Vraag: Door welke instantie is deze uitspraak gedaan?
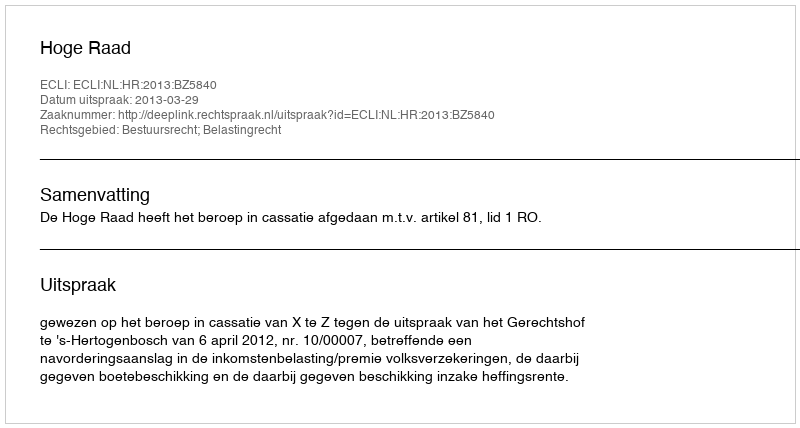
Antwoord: Hoge Raad